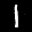
Label: 1